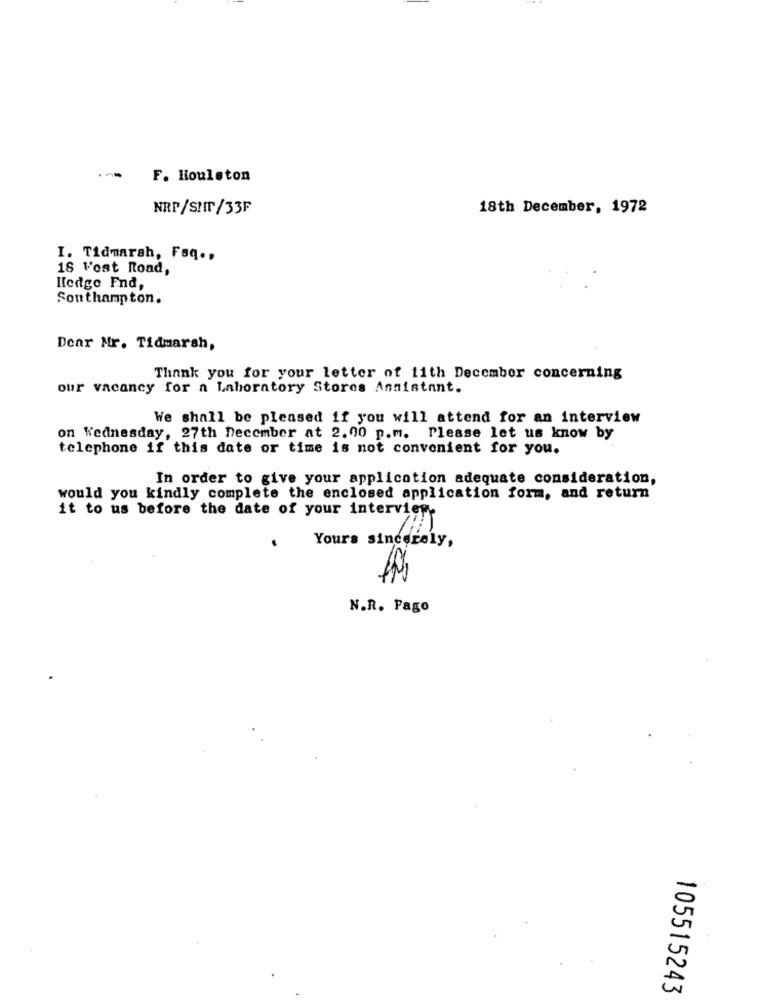
-
F. Houlston
NRP/SHT/33F
18th December, 1972
I. Tidmarsh, Faq ..
18 Vost Road,
Hledge Fnd,
Southampton.
Dear Mr. Tidmarsh,
Thank you for your letter of 11th December concerning
our vacancy for a Laboratory Stores Assistant.
We shall be pleased if you will attend for an interview
on Wednesday, 27th December at 2.00 p.m. Please let us know by
telephone if this date or time is not convenient for you.
In order to give your application adequate consideration,
would you kindly complete the enclosed application form, and return
it to us before the date of your interview.
Yours sincerely,
N.R. Pago
105515243